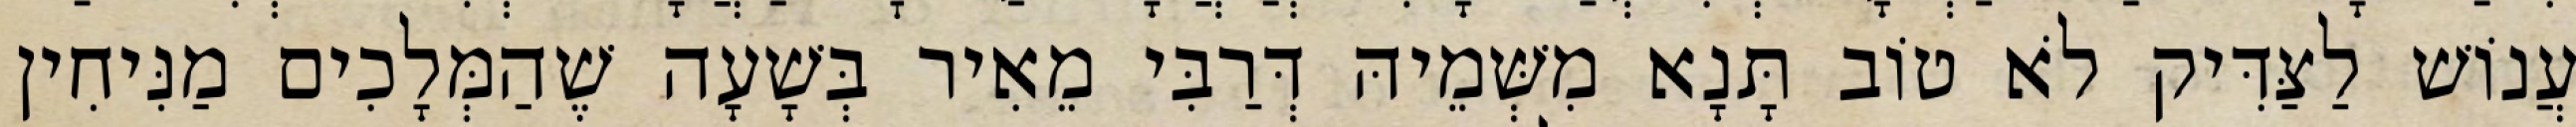
עֲנוֹשׁ לַצַּדִּיק לֹא טוֹב תָּנָא מִשְּׁמֵיהּ דְּרַבִּי מֵאִיר בְּשָׁעָה שֶׁהַמְּלָכִים מַנִּיחִין